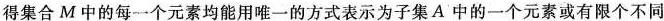
得集合M中的每一个元素均能用唯一的方式表示为子集A中的一个元素或有限个不同